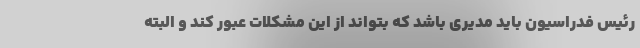
رئیس فدراسیون باید مدیری باشد که بتواند از این مشکلات عبور کند و البته